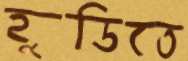
হুডিতে